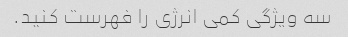
سه ویژگی کمی انرژی را فهرست کنید.